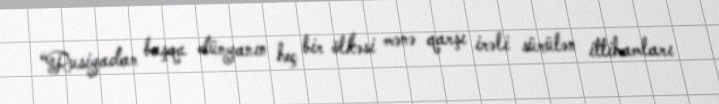
“Rusiyadan başqa dünyanın heç bir ölkəsi mənə qarşı irəli sürülən ittihamları